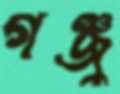
গঞ্জু